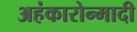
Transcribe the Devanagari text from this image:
अहंकारोन्मादी